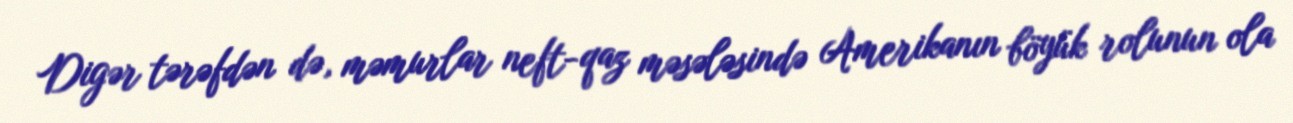
Digər tərəfdən də, məmurlar neft-qaz məsələsində Amerikanın böyük rolunun ola